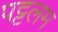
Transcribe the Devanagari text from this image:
पट्टलम